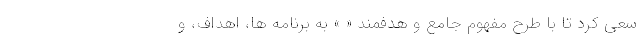
سعی کرد تا با طرح مفهوم جامع و هدفمندِ « » به برنامه ها، اهداف، و